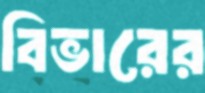
বিভারের